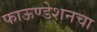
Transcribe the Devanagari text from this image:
फाऊण्डेशनचा